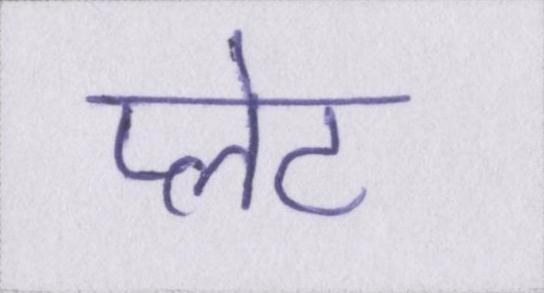
प्लेट